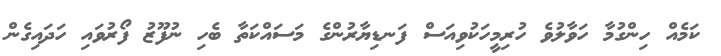
ކަމެއް ހިންގުމާ ހަވާލުވެ ހުރިމީހަކުވިއަސް ފަނޑިޔާރުންގެ މަސައްކަތާ ބެހި ނުފޫޒު ފޯރުވައި ހަދައިގެން